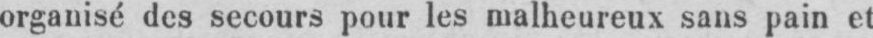
organisé des secours pour les malheureux sans pain et